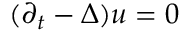
( \partial _ { t } - \Delta ) u = 0